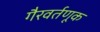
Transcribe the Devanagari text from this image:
गैरवर्तणूक